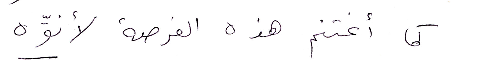
كما اغتنم هذه الفرصة لأنوّه